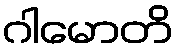
ဂါမောတိ